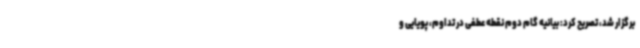
برگزار شد، تصریح کرد: بیانیه گام دوم نقطه عطفی در تداوم، پویایی و